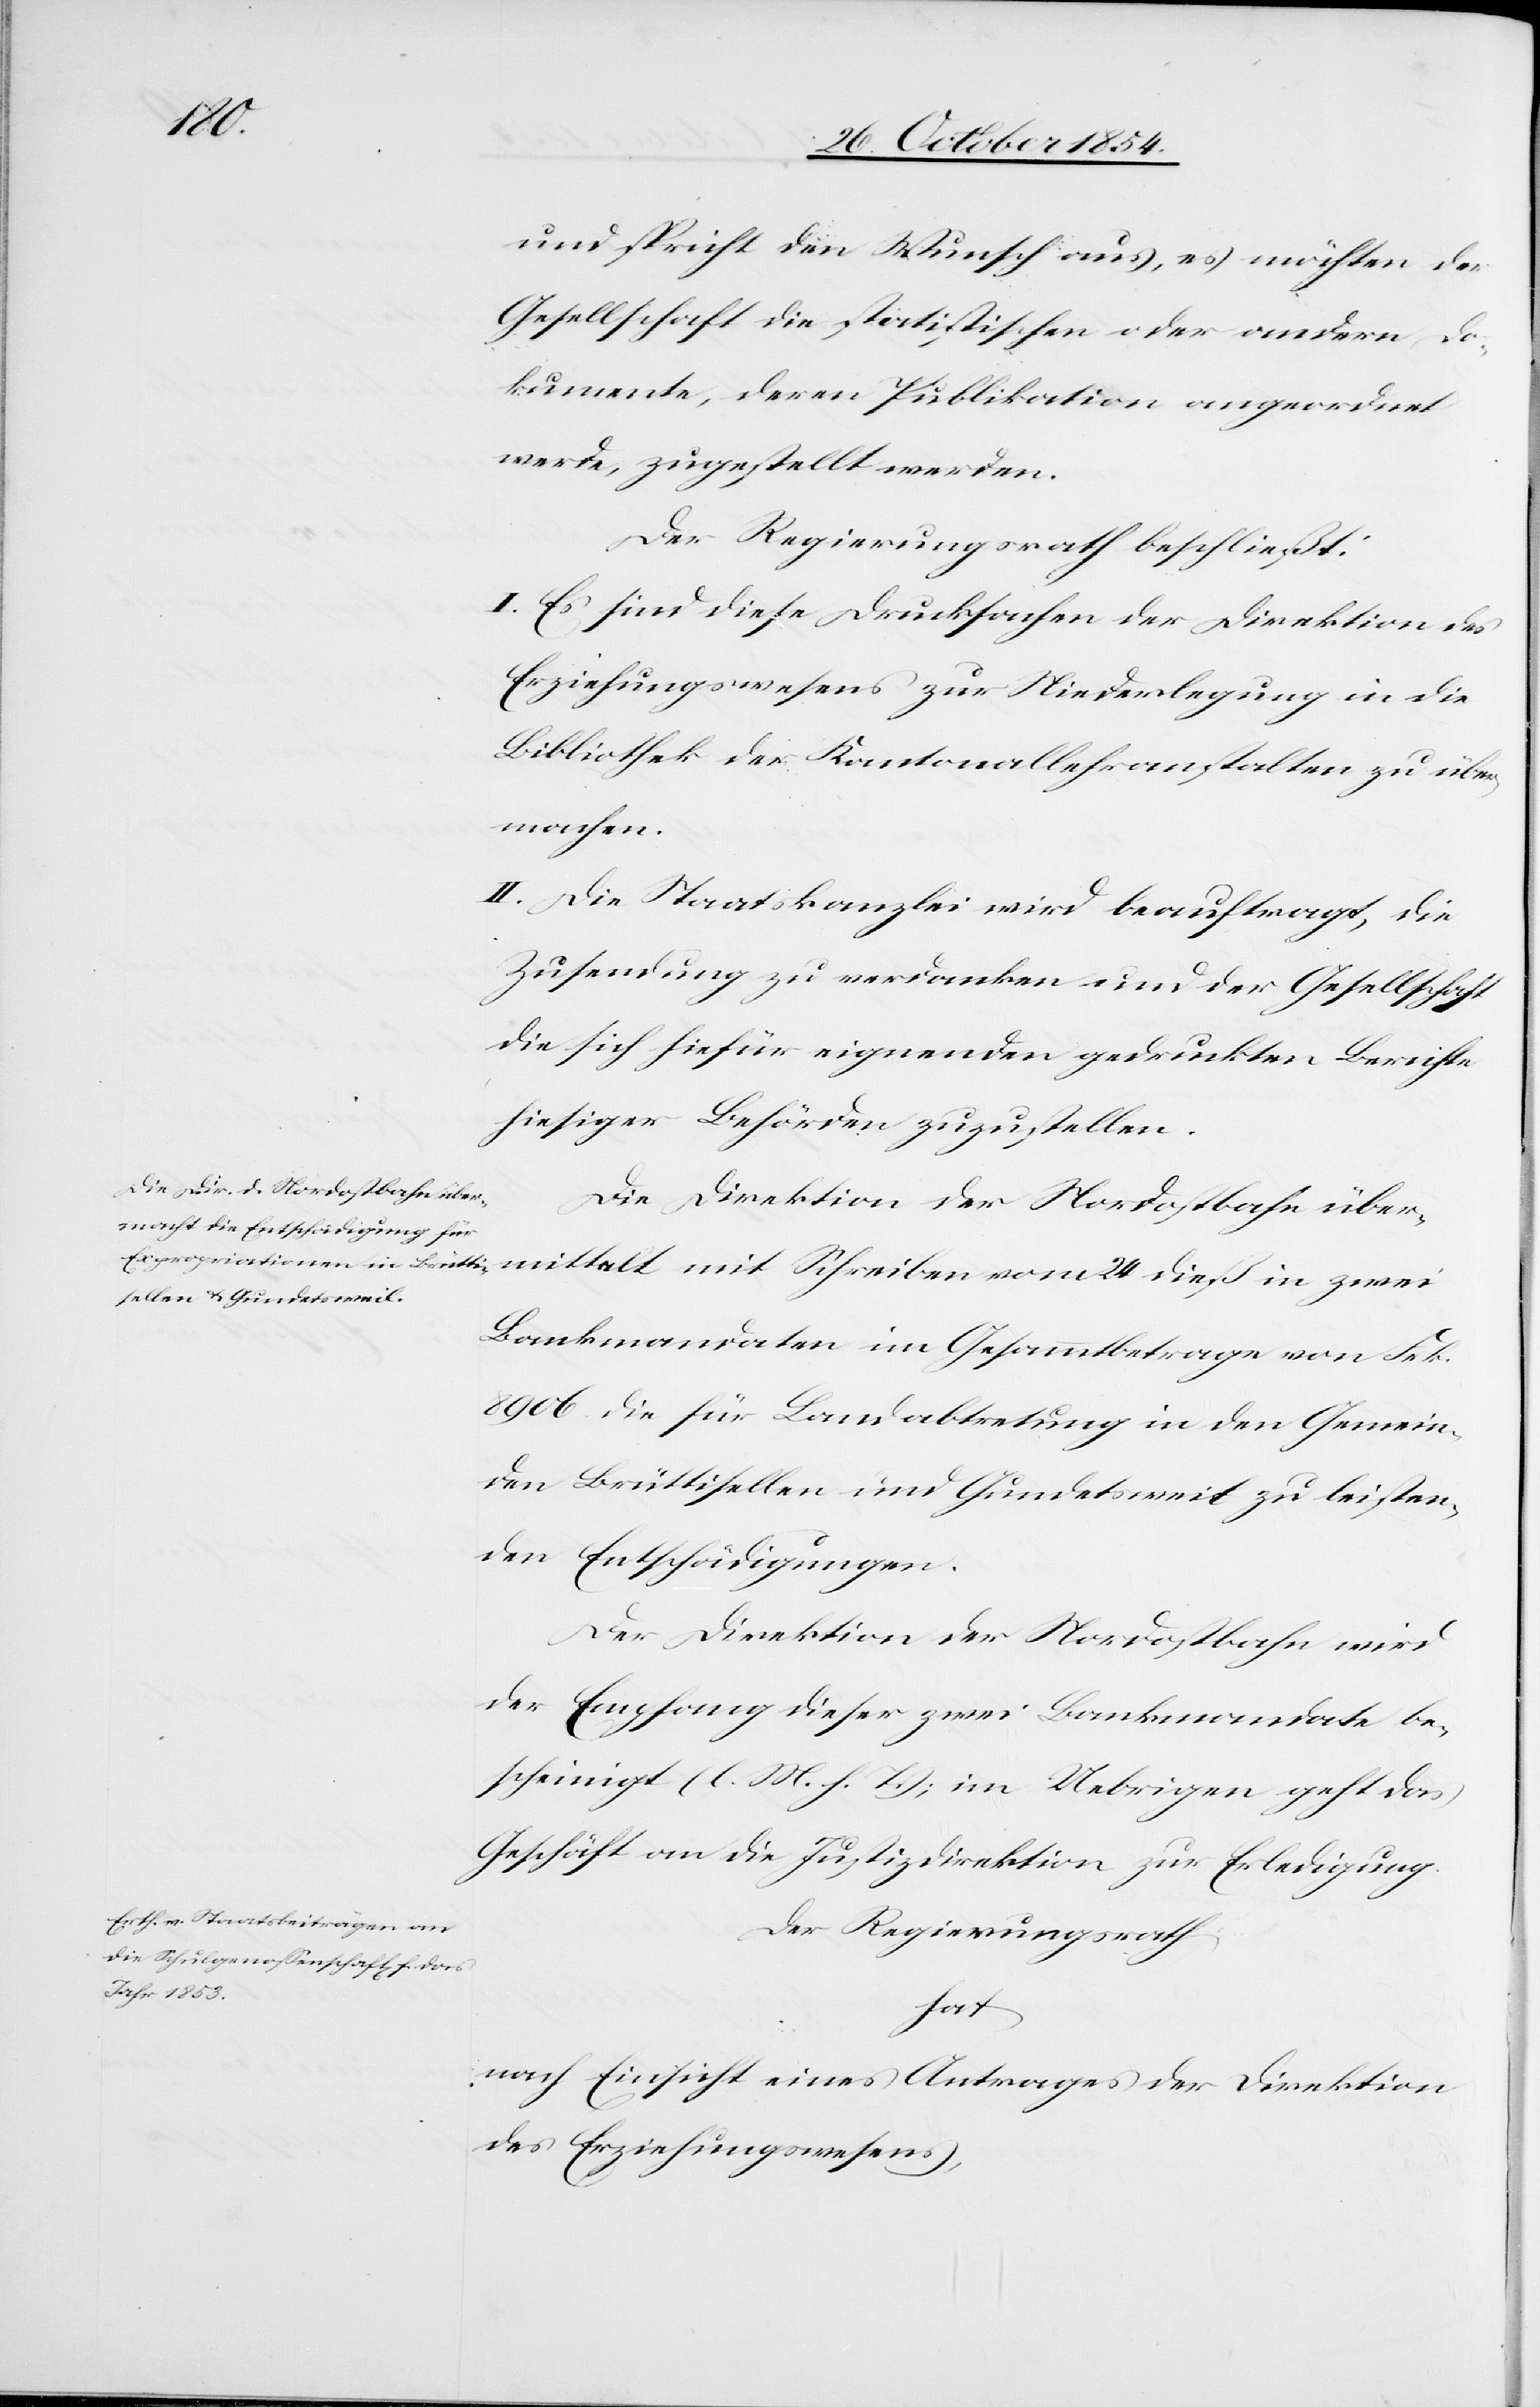
dieß
und spricht den Wunsch aus, es möchten der
Gesellschaft die statistischen oder andern Do¬
kumente, deren Publikation angeordnet
werde, zugestellt werden.
Der Regierungsrath beschließt:
I. Es sind diese Drucksachen der Direktion des
Erziehungswesens zur Niederlegung in die
Bibliothek der Kantonallehranstalten zu über¬
machen.
II. Die Staatskanzlei wird beauftragt, die
Zusendung zu verdanken und der Gesellschaft
die sich hiefür eignenden gedruckten Berichte
hiesiger Behörden zuzustellen.
Die Direktion der Nordostbahn über¬
Bankmandaten im Gesammtbetrage von Frk.
8906 die für Landabtretung in den Gemein¬
den Brüttisellen und Gundetsweil zu leisten¬
den Entschädigungen.
Der Direktion der Nordostbahn wird
der Empfang dieser zwei Bankmandate be¬
scheinigt (l. M. h. T.); im Uebrigen geht das
Geschäft an die Justizdirektion zur Erledigung.
Der Regierungsrath
hat
nach Einsicht eines Antrages der Direktion
des Erziehungswesens,